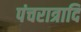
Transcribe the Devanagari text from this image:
पंचरात्रादि